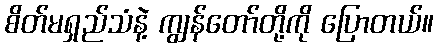
စိတ်မရှည်သံနဲ့ ကျွန်တော်တို့ကို ပြောတယ်။